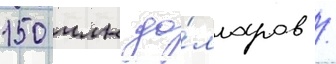
150 млн до́лларов /